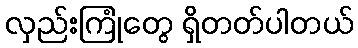
လှည်းကြုံတွေ ရှိတတ်ပါတယ်